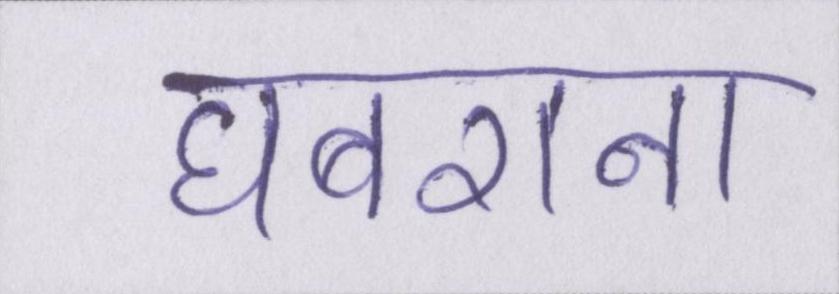
घबराना